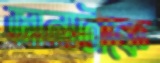
জানাটাকে